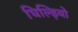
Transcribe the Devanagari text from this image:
घिल्ड़ियो